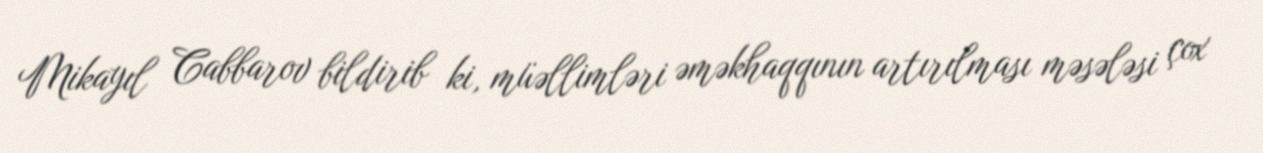
Mikayıl Cabbarov bildirib ki, müəllimləri əməkhaqqının artırılması məsələsi çox